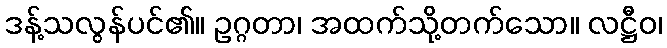
ဒန့်သလွန်ပင်၏။ ဥဂ္ဂတာ၊ အထက်သို့တက်သော။ လဋ္ဌီဝ၊